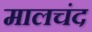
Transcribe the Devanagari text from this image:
मालचंद